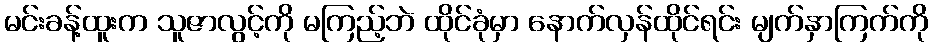
မင်းခန့်ထူးက သူဇာလွင့်ကို မကြည့်ဘဲ ထိုင်ခုံမှာ နောက်လှန်ထိုင်ရင်း မျက်နှာကြက်ကို